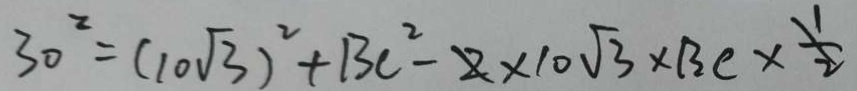
3 0 ^ { 2 } = ( 1 0 \sqrt { 3 } ) ^ { 2 } + B C ^ { 2 } - 2 \times 1 0 \sqrt { 3 } \times B C \times \frac { 1 } { 2 }